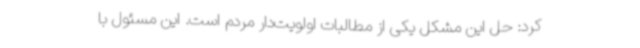
کرد: حل این ‌مشکل یکی از مطالبات اولویت‌دار مردم است. این مسئول با